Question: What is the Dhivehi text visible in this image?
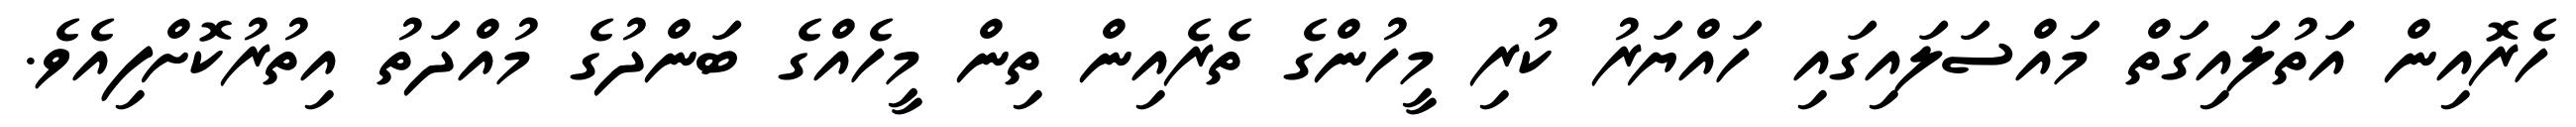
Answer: ހެރޮއިން އަތުލައިގަތް މައްސަލައިގައި ހައްޔަރު ކުރި މީހުންގެ ތެރެއިން ތިން މީހެއްގެ ބަންދުގެ މުއްދަތު އިތުރުކޮށްފިއެވެ.